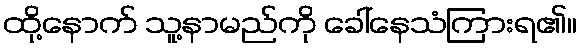
ထို့နောက် သူ့နာမည်ကို ခေါ်နေသံကြားရ၏။